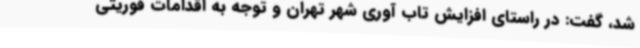
شد، گفت: در راستای افزایش تاب آوری شهر تهران و توجه به اقدامات فوریتی